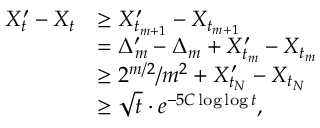
\begin{array} { r l } { X _ { t } ^ { \prime } - X _ { t } } & { \ge X _ { t _ { m + 1 } } ^ { \prime } - X _ { t _ { m + 1 } } } \\ & { = \Delta _ { m } ^ { \prime } - \Delta _ { m } + X _ { t _ { m } } ^ { \prime } - X _ { t _ { m } } } \\ & { \ge 2 ^ { m / 2 } / m ^ { 2 } + X _ { t _ { N } } ^ { \prime } - X _ { t _ { N } } } \\ & { \ge \sqrt t \cdot e ^ { - 5 C \log \log t } , } \end{array}